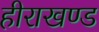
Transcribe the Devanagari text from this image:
हीराखण्ड